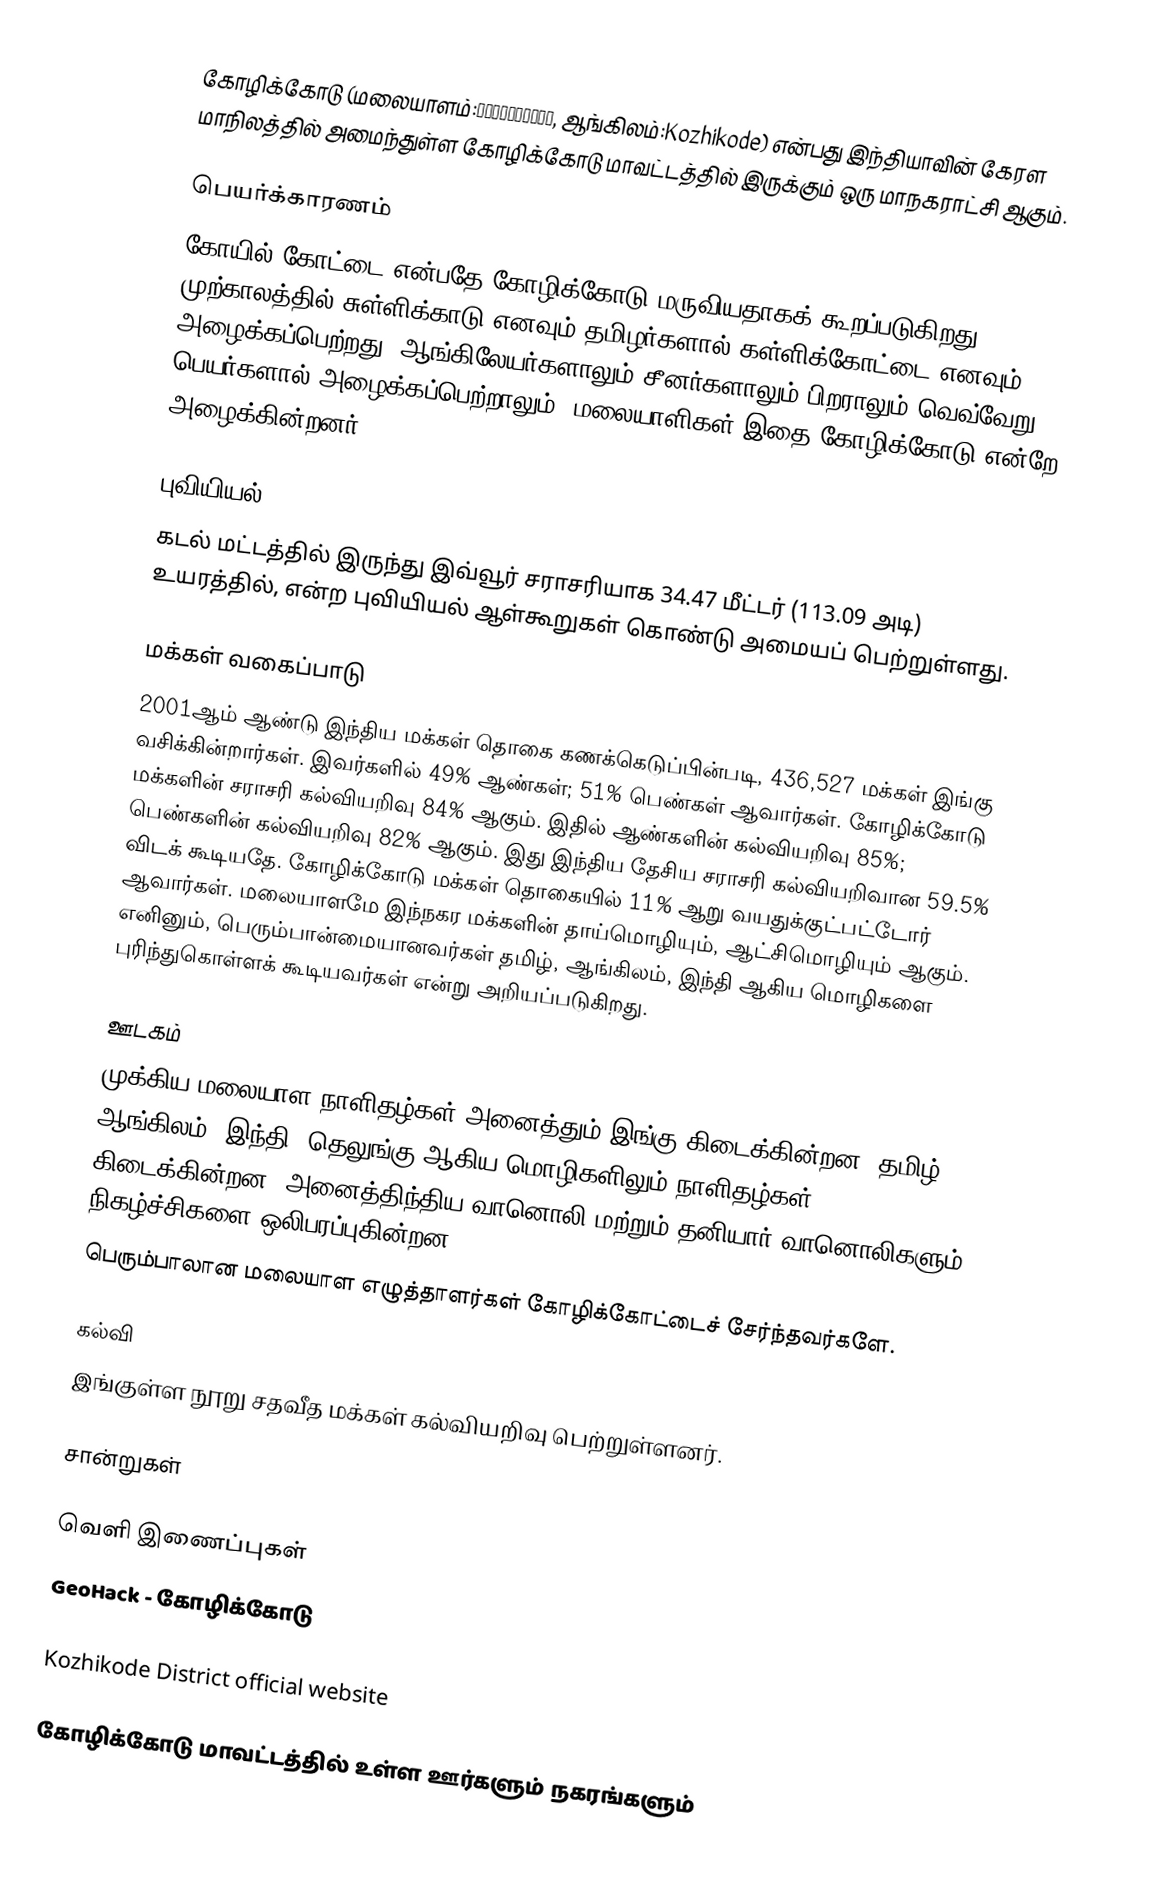
கோழிக்கோடு (மலையாளம்:കോഴിക്കോട്, ஆங்கிலம்:Kozhikode) என்பது இந்தியாவின் கேரள மாநிலத்தில் அமைந்துள்ள கோழிக்கோடு மாவட்டத்தில் இருக்கும் ஒரு மாநகராட்சி ஆகும்.

பெயர்க்காரணம்
கோயில் கோட்டை என்பதே கோழிக்கோடு மருவியதாகக் கூறப்படுகிறது. முற்காலத்தில் சுள்ளிக்காடு எனவும் தமிழர்களால் கள்ளிக்கோட்டை  எனவும் அழைக்கப்பெற்றது. ஆங்கிலேயர்களாலும் சீனர்களாலும் பிறராலும் வெவ்வேறு பெயர்களால் அழைக்கப்பெற்றாலும், மலையாளிகள் இதை கோழிக்கோடு என்றே அழைக்கின்றனர்.

புவியியல்
கடல் மட்டத்தில் இருந்து இவ்வூர் சராசரியாக 34.47 மீட்டர் (113.09 அடி) உயரத்தில்,  என்ற புவியியல் ஆள்கூறுகள் கொண்டு அமையப் பெற்றுள்ளது.

மக்கள் வகைப்பாடு
2001ஆம் ஆண்டு இந்திய மக்கள் தொகை கணக்கெடுப்பின்படி, 436,527 மக்கள் இங்கு வசிக்கின்றார்கள். இவர்களில் 49% ஆண்கள்; 51% பெண்கள் ஆவார்கள். கோழிக்கோடு மக்களின் சராசரி கல்வியறிவு 84% ஆகும். இதில் ஆண்களின் கல்வியறிவு 85%; பெண்களின் கல்வியறிவு 82% ஆகும். இது இந்திய தேசிய சராசரி கல்வியறிவான 59.5% விடக் கூடியதே. கோழிக்கோடு மக்கள் தொகையில் 11%  ஆறு வயதுக்குட்பட்டோர் ஆவார்கள். மலையாளமே இந்நகர மக்களின் தாய்மொழியும், ஆட்சிமொழியும் ஆகும். எனினும், பெரும்பான்மையானவர்கள் தமிழ், ஆங்கிலம், இந்தி ஆகிய மொழிகளை புரிந்துகொள்ளக் கூடியவர்கள் என்று அறியப்படுகிறது.

ஊடகம்
முக்கிய மலையாள நாளிதழ்கள் அனைத்தும் இங்கு கிடைக்கின்றன. தமிழ், ஆங்கிலம், இந்தி, தெலுங்கு ஆகிய மொழிகளிலும் நாளிதழ்கள் கிடைக்கின்றன. அனைத்திந்திய வானொலி மற்றும் தனியார் வானொலிகளும் நிகழ்ச்சிகளை ஒலிபரப்புகின்றன.
பெரும்பாலான மலையாள எழுத்தாளர்கள் கோழிக்கோட்டைச் சேர்ந்தவர்களே.

கல்வி
இங்குள்ள நூறு சதவீத மக்கள் கல்வியறிவு பெற்றுள்ளனர்.

சான்றுகள்

வெளி இணைப்புகள்
 GeoHack - கோழிக்கோடு

 Kozhikode District official website

கோழிக்கோடு மாவட்டத்தில் உள்ள ஊர்களும் நகரங்களும்